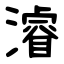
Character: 濬